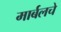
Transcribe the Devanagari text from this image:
मार्बलचे